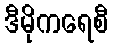
ဒီမိုကရေစီ